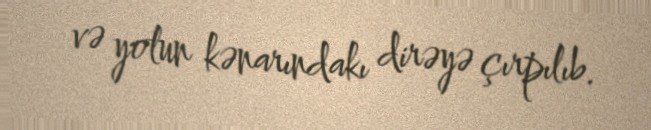
və yolun kənarındakı dirəyə çırpılıb.